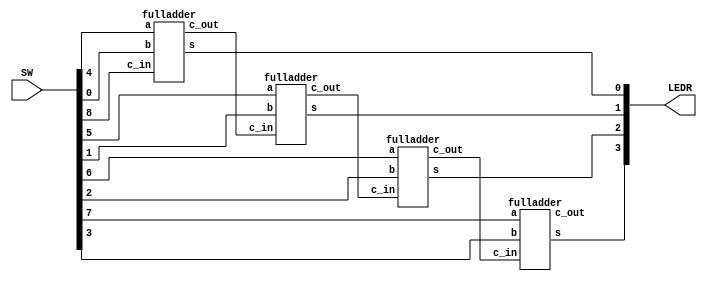
module part2(input [9:0]SW, output [9:0]LEDR);
	wire c1, c2, c3;
	fulladder U0(SW[4], SW[0], SW[8], LEDR[0], c1);
	fulladder U1(SW[5], SW[1], c1, LEDR[1], c2);
	fulladder U2(SW[6], SW[2], c2, LEDR[2], c3);
	fulladder U3(SW[7], SW[3], c3, LEDR[3], LEDR[9]);
endmodule

module fulladder(input a,b,c_in, output s, c_out);
	assign s = a ^ b ^ c_in;
	assign c_out = (a & b) | (a & c_in) | (b & c_in);
endmodule